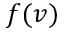
f ( v )